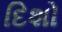
દિશો